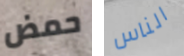
حمض الناس